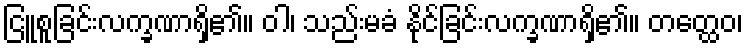
ငြူစူခြင်းလက္ခဏာရှိ၏။ ဝါ၊ သည်းမခံ နိုင်ခြင်းလက္ခဏာရှိ၏။ တတ္ထေဝ၊